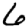
Digit: 6